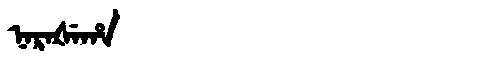
Manchu: ᠨᠠᡵᠠᡧᡝᡥᠠ
Romanization: NARAŠEHA